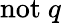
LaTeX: \mathrm{not}~q